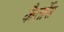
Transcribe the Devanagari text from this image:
कैर्लोस